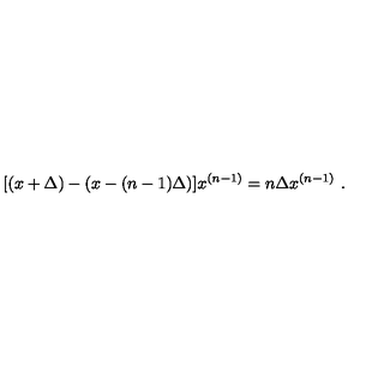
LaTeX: [ ( x + \Delta ) - ( x - ( n - 1 ) \Delta ) ] x ^ { ( n - 1 ) } = n \Delta x ^ { ( n - 1 ) } \ .